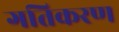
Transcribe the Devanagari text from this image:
गतिकरण